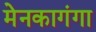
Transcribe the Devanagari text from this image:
मेनकागंगा